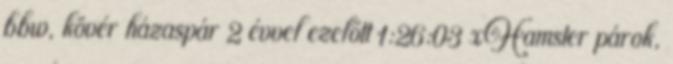
bbw, kövér házaspár 2 évvel ezelőtt 1:26:03 xHamster párok,